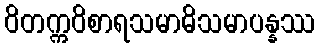
ဝိတက္ကဝိစာရသမာဓိသမာပန္နဿ